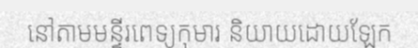
នៅតាមមន្ទីរពេទ្យកុមារ និយាយដោយឡែក